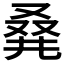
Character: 𠭌